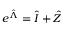
e ^ { \hat { \Lambda } } = \hat { I } + \hat { Z }